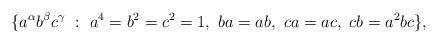
LaTeX: \begin{align*}\{a^\alpha b^\beta c^\gamma ~:~ a^4=b^2=c^2=1, ~ ba=ab, ~ ca=ac, ~ cb=a^2bc \},\end{align*}